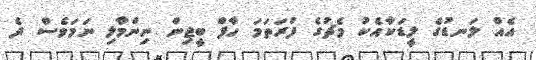
އެއް ލަނޑުގެ ލީޑަކާއެކު މެޗުގެ ފުރަތަމަ ހާފް ބީޖިން ނިންމާލި ނަމަވެސް ދެ